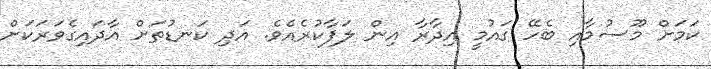
ކަމަށް މޫސުމާއި ބެހޭ ގައުމީ އިދާރާ އިން ލަފާކުރެއެވެ. އަދި ކަނޑުތަށް އާދައިގެވަރަކަށް